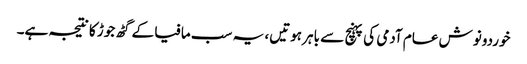
خوردونوش عام آدمی کی پہنچ سے باہر ہوتیں، یہ سب مافیا کے گٹھ جوڑ کا نتیجہ ہے۔